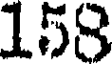
158